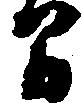
間